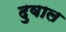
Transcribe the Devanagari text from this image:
दुवाल